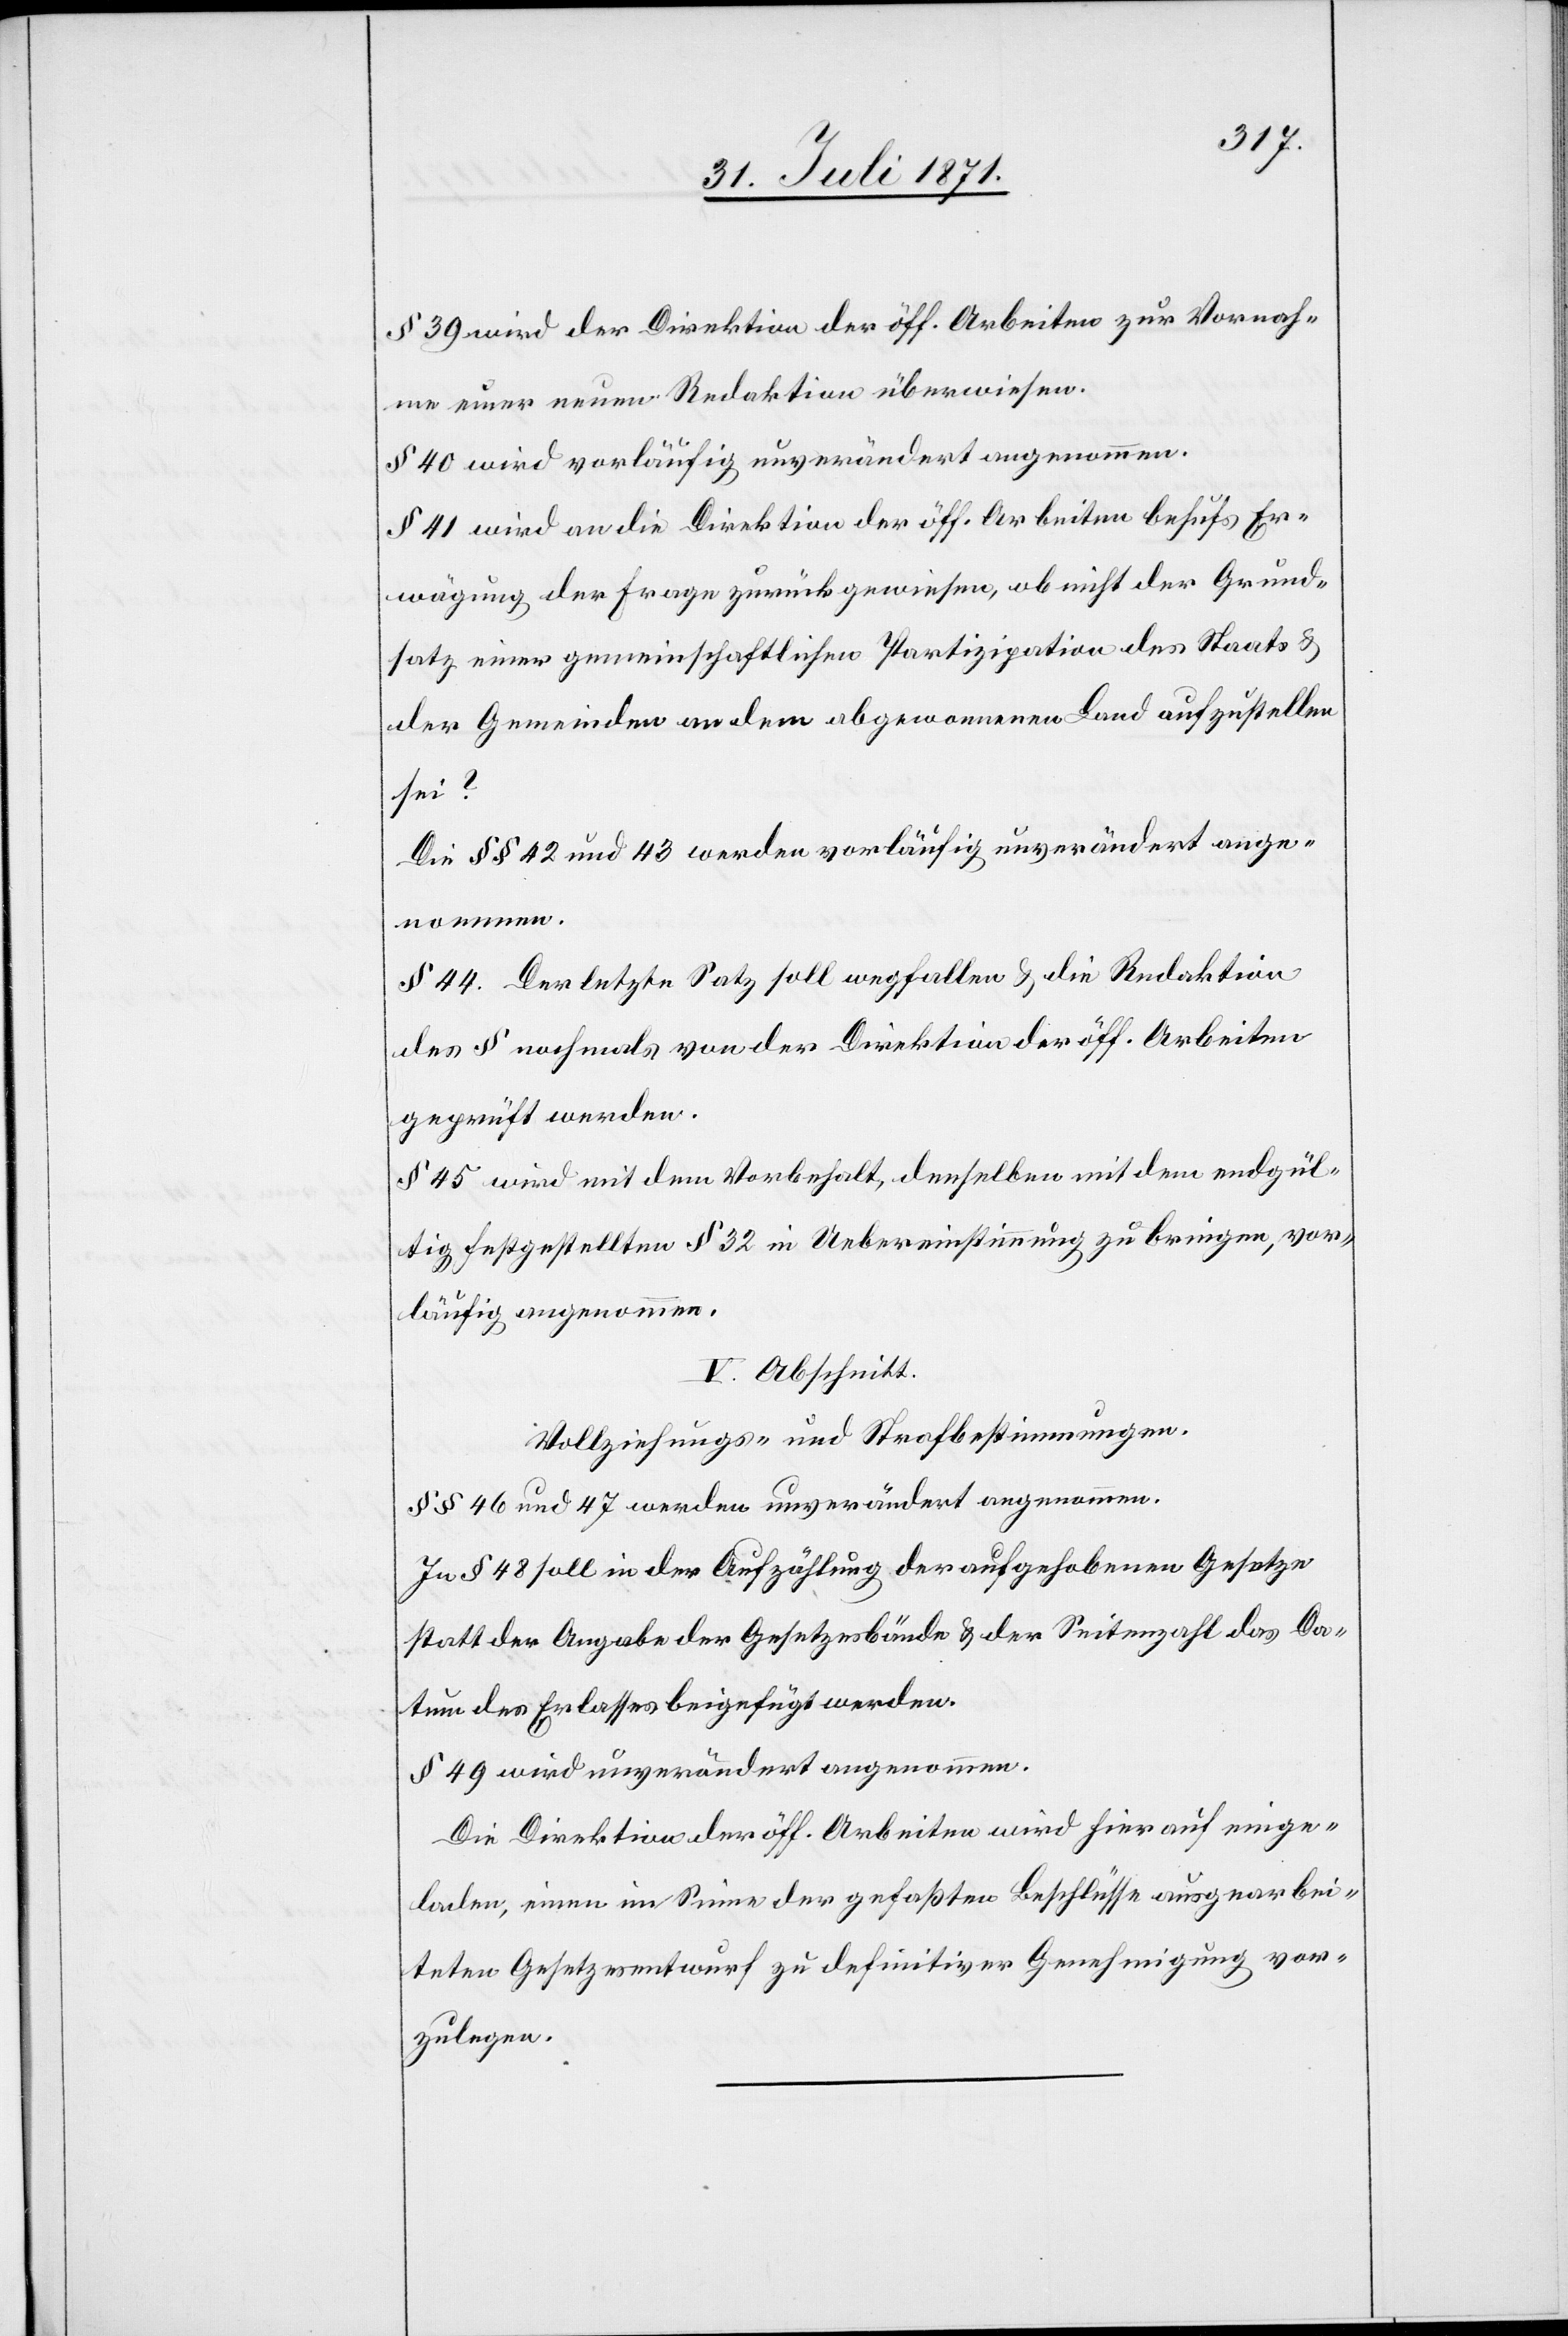
§ 39 wird der Direktion der öff. Arbeiten zur Vornah¬
me einer neuen Redaktion überwiesen.
§ 40 wird vorläufig unverändert angenommen.
§ 41 wird an die Direktion der öff. Arbeiten behufs Er¬
wägung der Frage zurückgewiesen, ob nicht der Grund¬
satz einer gemeinschaftlichen Partizipation des Staats u.
der Gemeinden an dem abgewonnenen Land aufzustellen
sei?
Die §§ 42 und 43 werden vorläufig unverändert ange¬
nommen.
§ 44. Der letzte Satz soll wegfallen u. die Redaktion
des § nochmals von der Direktion der öff. Arbeiten
geprüft werden.
§ 45 wird mit dem Vorbehalt, denselben mit dem endgül¬
tig festgestellten § 32 in Uebereinstimmung zu bringen, vor¬
läufig angenommen.
V. Abschnitt.
Vollziehungs- und Strafbestimmungen.
§§ 46 und 47 werden unverändert angenommen.
In § 48 soll in der Aufzählung der aufgehobenen Gesetze
statt der Angabe der Gesetzesbände u. der Seitenzahl das Da¬
tum des Erlasses beigefügt werden.
§ 49 wird unverändert angenommen.
Die Direktion der öff. Arbeiten wird hierauf einge¬
laden, einen im Sinne der gefaßten Beschlüsse ausgearbei¬
teten Gesetzesentwurf zu definitiver Genehmigung vor¬
zulegen.